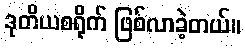
ဒုတိယစရိုက် ဖြစ်လာခဲ့တယ်။